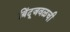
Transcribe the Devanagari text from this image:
बिंदूजवळची